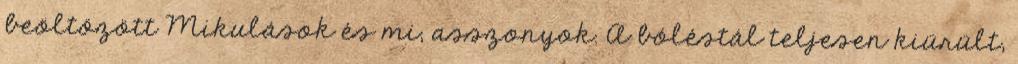
beöltözött Mikulások és mi, asszonyok. A bóléstál teljesen kiürült,